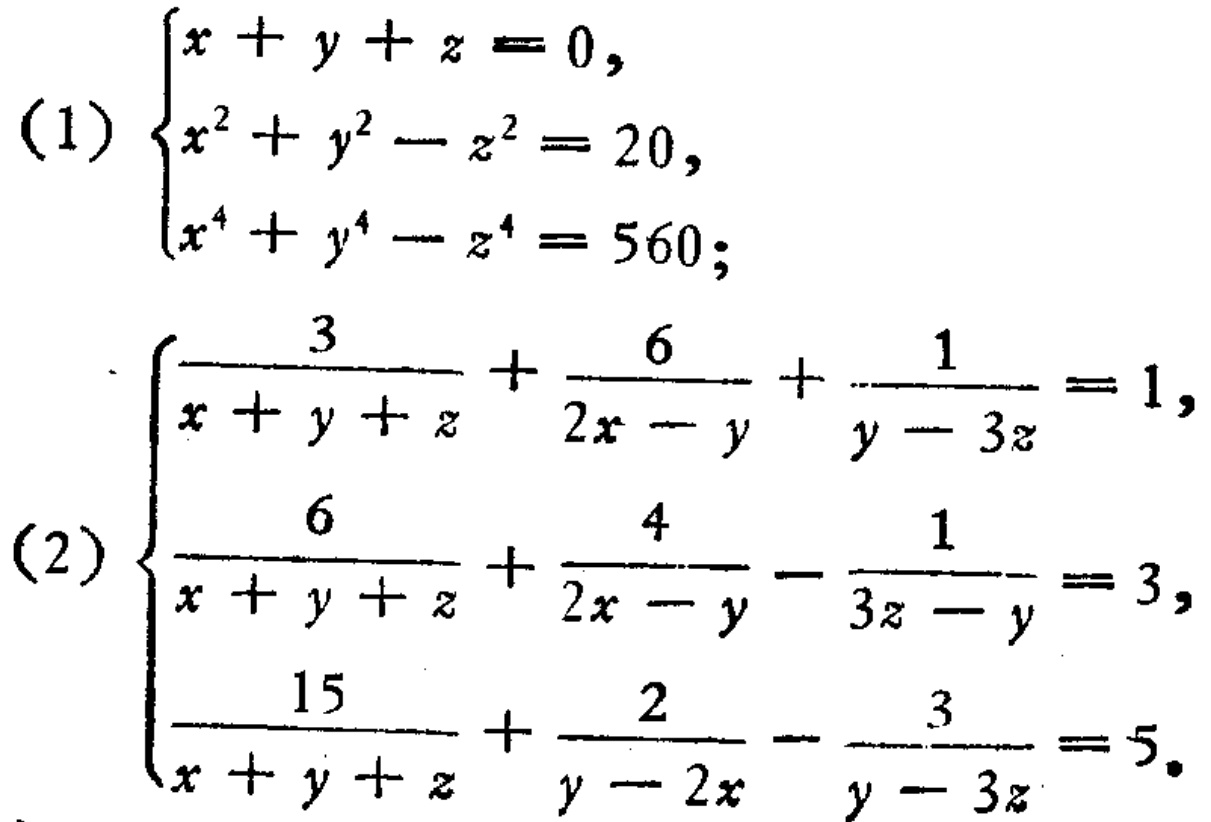
(1) \(\begin{cases}
x + y + z = 0,\\
x^{2}+y^{2}-z^{2}=20,\\
x^{4}+y^{4}-z^{4}=560;
\end{cases}\)
(2) \(\begin{cases}
\frac{3}{x + y + z}+\frac{6}{2x - y}+\frac{1}{y - 3z}=1,\\
\frac{6}{x + y + z}+\frac{4}{2x - y}-\frac{1}{3z - y}=3,\\
\frac{15}{x + y + z}+\frac{2}{y - 2x}-\frac{3}{y - 3z}=5.
\end{cases}\)